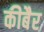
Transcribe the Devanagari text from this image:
कीबैर